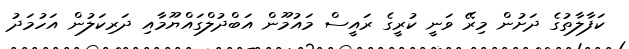
ކަފާލާތުގެ ދަށުން މިރޭ ވަނީ ކުރީގެ ރައީސް މައުމޫން އަބްދުލްގައްޔޫމާއި ދަރިކަލުން އަހުމަދު